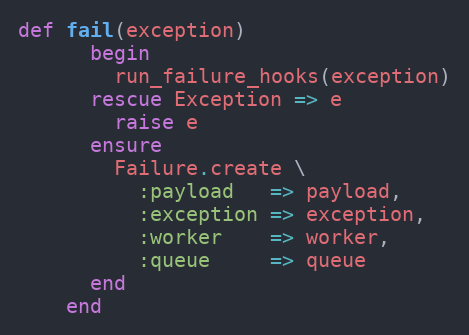
Language: Ruby
def fail(exception)
      begin
        run_failure_hooks(exception)
      rescue Exception => e
        raise e
      ensure
        Failure.create \
          :payload   => payload,
          :exception => exception,
          :worker    => worker,
          :queue     => queue
      end
    end